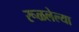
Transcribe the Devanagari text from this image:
रूळलेल्या